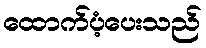
ထောက်ပံ့ပေးသည်